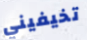
تخيفيني